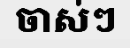
ចាស់ៗ